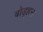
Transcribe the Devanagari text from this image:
ब्रोड्हन